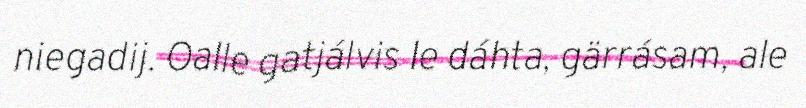
niegadij. Oalle gatjálvis le dáhta, gärrásam, ale